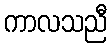
ကာလသညီ